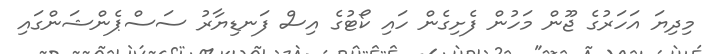
މިދިޔަ އަހަރުގެ ޖޫން މަހުން ފެށިގެން ހައި ކޯޓުގެ އިސް ފަނޑިޔާރު ސަސްޕެންޝަންގައި